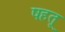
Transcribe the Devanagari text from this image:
षहतू